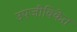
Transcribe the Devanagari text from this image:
उपजीविकेत